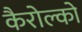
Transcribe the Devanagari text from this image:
कैरोल्को